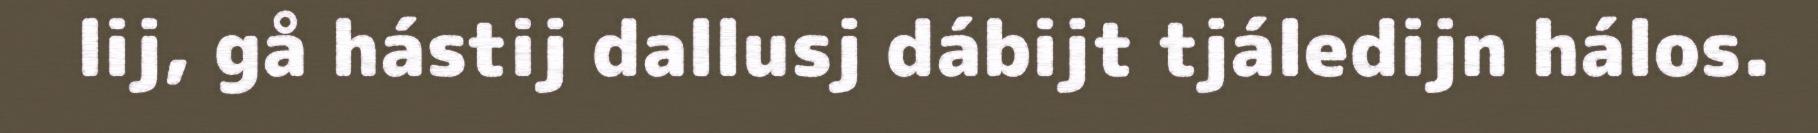
lij, gå hástij dallusj dábijt tjáledijn hálos.